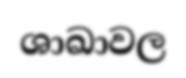
ශාඛාවල